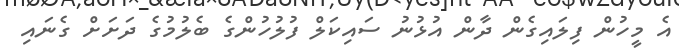
އެ މީހުން ފިލައިގެން ދާން އުޅުނު ސައިކަލް ފުލުހުންގެ ބެލުމުގެ ދަށަށް ގެނައި